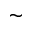
\sim